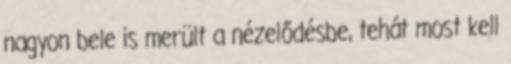
nagyon bele is merült a nézelődésbe, tehát most kell